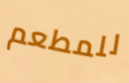
للمطعم